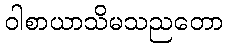
ဝါစာယာသိမသညတော